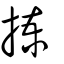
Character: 揀